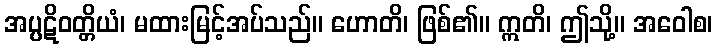
အပ္ပဋိဝတ္တိယံ၊ မထားမြင့်အပ်သည်။ ဟောတိ၊ ဖြစ်၏။ ဣတိ၊ ဤသို့။ အဝေါစ၊